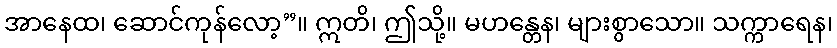
အာနေထ၊ ဆောင်ကုန်လော့”။ ဣတိ၊ ဤသို့။ မဟန္တေန၊ များစွာသော။ သက္ကာရေန၊